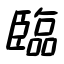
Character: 臨